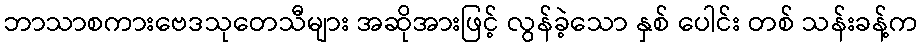
ဘာသာစကားဗေဒသုတေသီများ အဆိုအားဖြင့် လွန်ခဲ့သော နှစ် ပေါင်း တစ် သန်းခန့်က